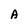
Character: A